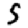
Digit: 5